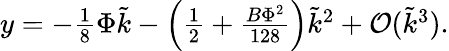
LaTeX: \begin{array}{r}{y=-\frac{1}{8}\Phi\tilde{k}-\left(\frac{1}{2}+\frac{B\Phi^{2}}{128}\right)\tilde{k}^{2}+\mathcal{O}(\tilde{k}^{3}).}\end{array}